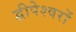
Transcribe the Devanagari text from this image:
द्वीपेश्वरों